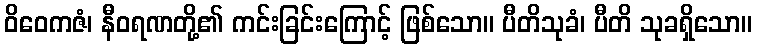
ဝိဝေကဇံ၊ နီဝရဏတို့၏ ကင်းခြင်းကြောင့် ဖြစ်သော။ ပီတိသုခံ၊ ပီတိ သုခရှိသော။